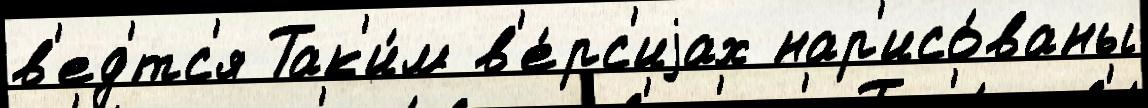
в'ед'́тс'я Так'и́м в'е́рс'иjах нар'исо́ваны